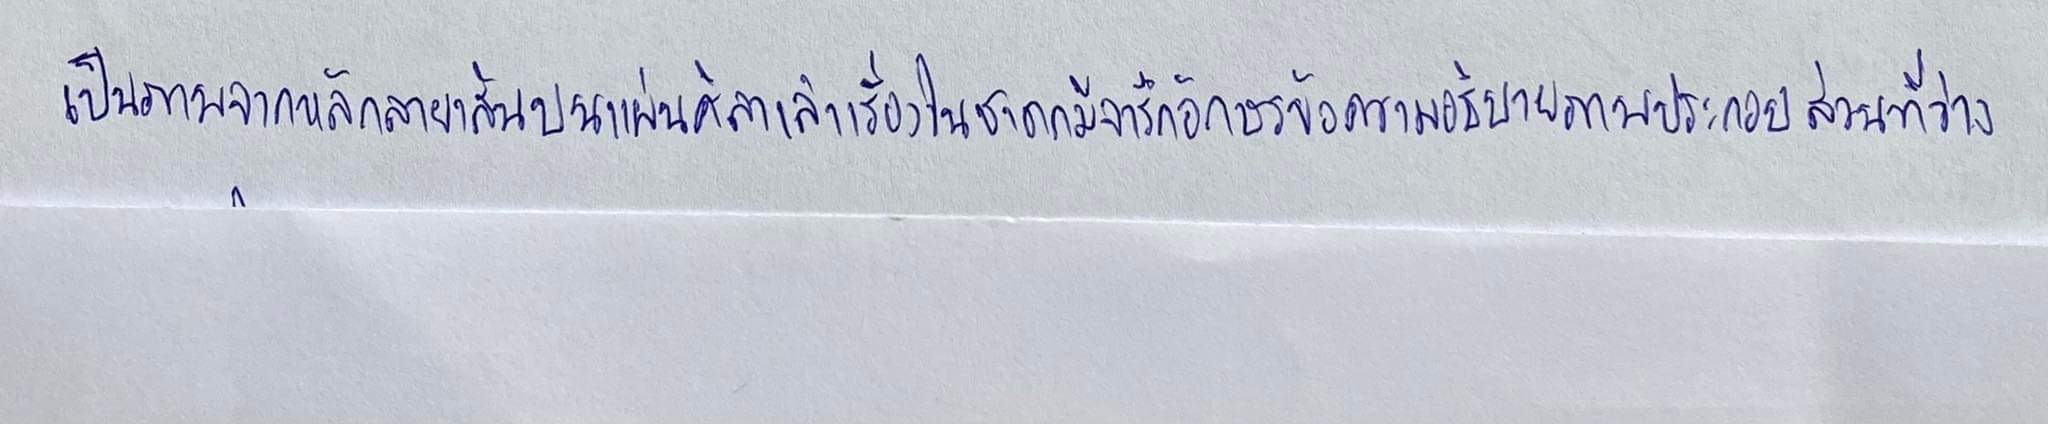
เป็นภาพจากหลักลายเส้นบนแผ่นศิลาเล่าเรื่องในชาดกมีจารึกอักษรข้อความอธิบายภาพประกอบส่วนที่ว่าง